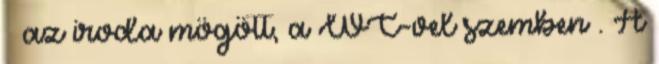
– az iroda mögött, a WC-vel szemben . A